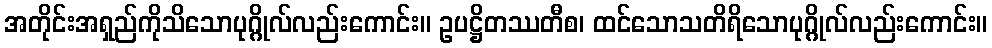
အတိုင်းအရှည်ကိုသိသောပုဂ္ဂိုလ်လည်းကောင်း။ ဥပဋ္ဌိတဿတီစ၊ ထင်သောသတိရိသောပုဂ္ဂိုလ်လည်းကောင်း။